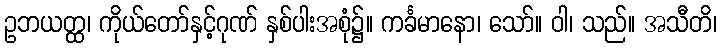
ဥဘယတ္ထ၊ ကိုယ်တော်နှင့်ဂုဏ် နှစ်ပါးအစုံ၌။ ကင်္ခမာနော၊ သော်။ ဝါ၊ သည်။ အသီတိ၊